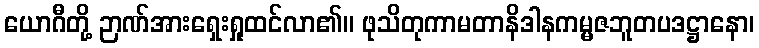
ယောဂီတို့ ဉာဏ်အားရှေးရှုထင်လာ၏။ ဖုသိတုကာမတာနိဒါနကမ္မဇဘူတပဒဋ္ဌာနော၊